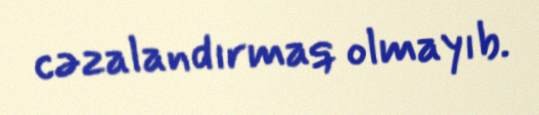
cəzalandırmaq olmayıb.